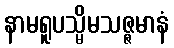
နာမရူပသ္မိမသဇ္ဇမာနံ